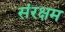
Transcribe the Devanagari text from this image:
संरक्षम